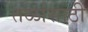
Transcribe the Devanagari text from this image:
तळांसाठी